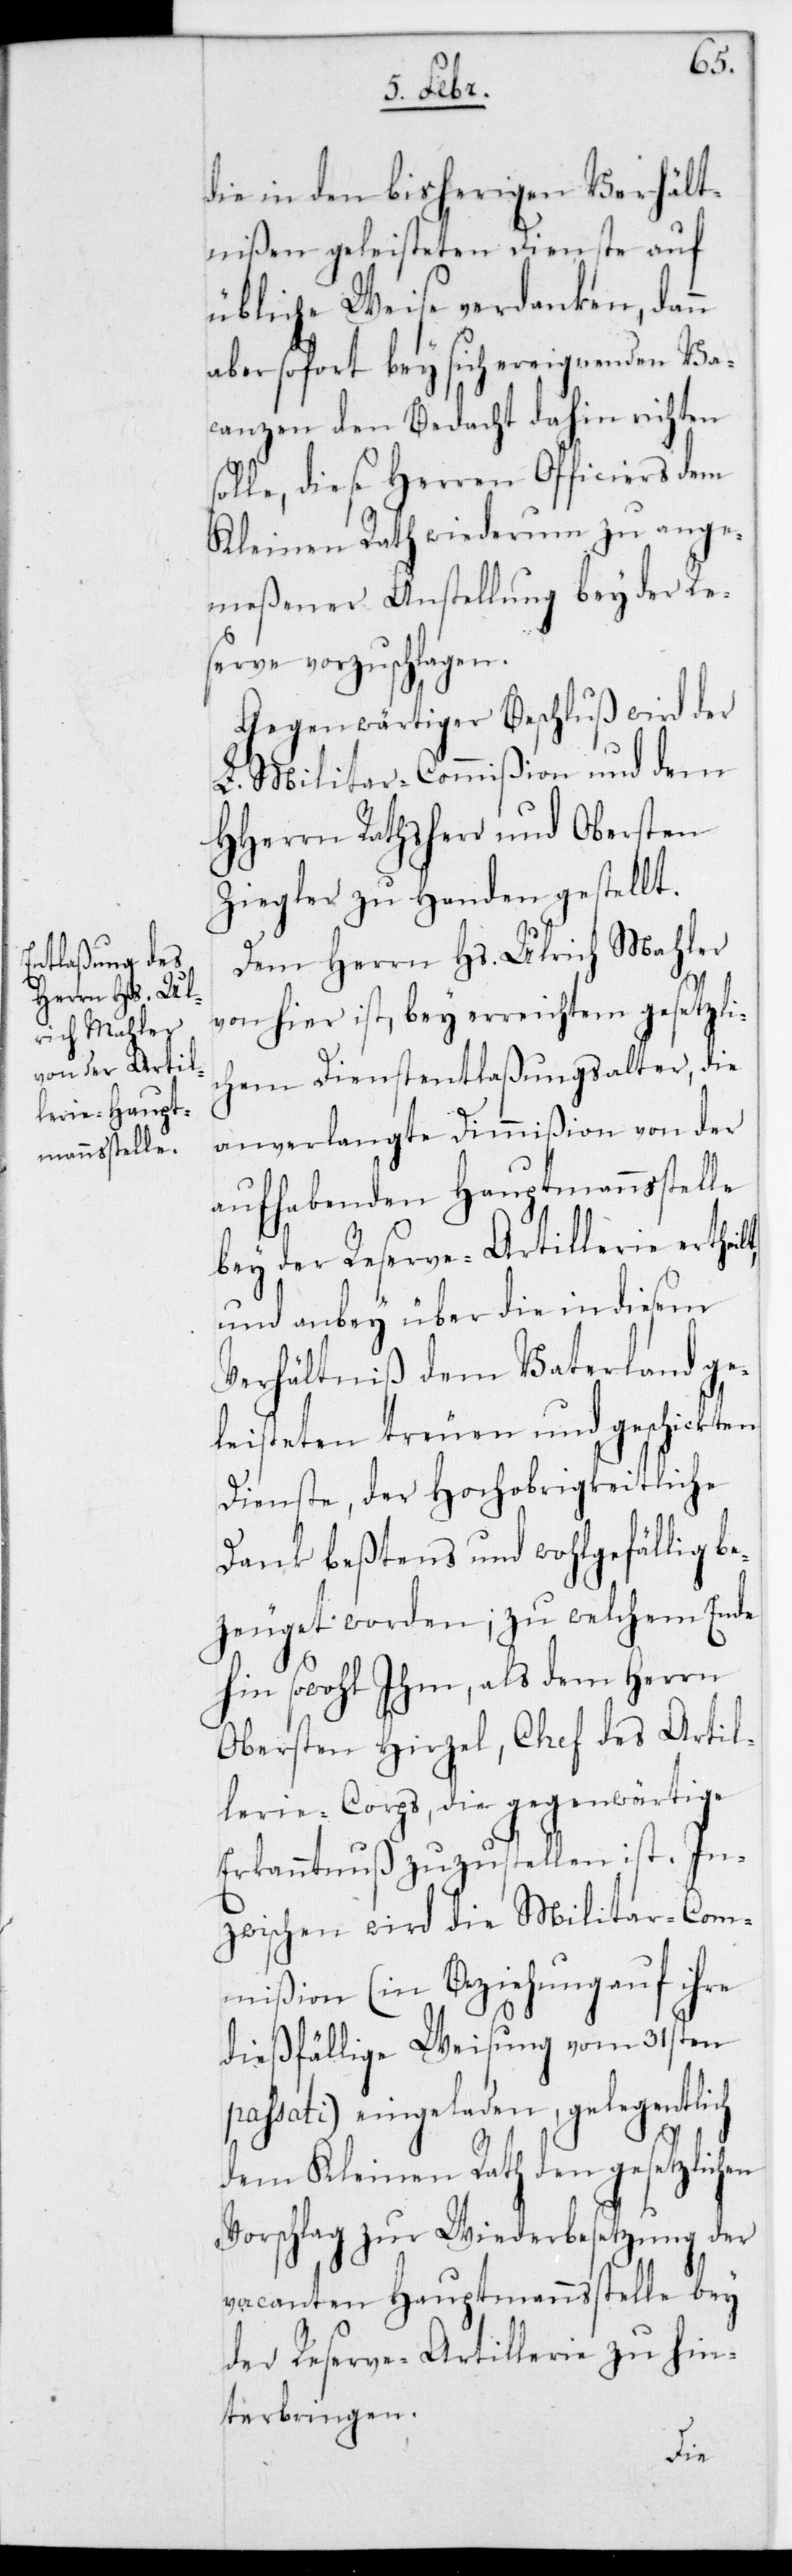
die in den bisherigen Verhält¬
nißen geleisteten Dienste auf
übliche Weise verdanken, dann
aber sofort bey sich ereignenden Va¬
canzen den Bedacht dahin richten
solle, diese Herren Officiers dem
Kleinen Rath wiederum zu ange¬
meßener Anstellung bey der Re¬
serve vorzuschlagen.
Gegenwärtiger Beschluß wird der
L. Militar-Commißion und dem
HHerrn Rathsherr und Obersten
Ziegler zu Handen gestellt.
Dem Herrn Hs. Ulrich Mahler
lt,
von hier ist, bey erreichtem gesetzli¬
chem Dienstentlaßungsalter, die
anverlangte Dimmißion von der
aufhabenden Hauptmannsstelle
bey der Reserve-Artillerie erthei¬
und anbey über die in diesem
Verhältniß dem Vaterland ge¬
leisteten treuen und geschickten
Dienste, der Hochobrigkeitliche
Dank beßtens und wohlgefällig be¬
zeuget worden; zu welchem Ende
hin sowohl ihm als dem Herrn
Obersten Hirzel, Chef des Artil¬
leriecorps, die gegenwärtige
Erkanntnuß zuzustellen ist. In¬
zwischen wird die Militar-Com¬
mißion (in Beziehung auf ihre
dießfällige Weisung vom 31sten
passati) eingeladen, gelegentlich
dem Kleinen Rath den gesetzlichen
Vorschlag zur Wiederbesetzung der
vacanten Hauptmannsstelle bey
der Reserve-Artillerie zu hin¬
terbringen.